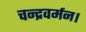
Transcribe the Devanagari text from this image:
चन्द्रवर्मन।